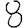
Digit: 8